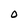
Character: O